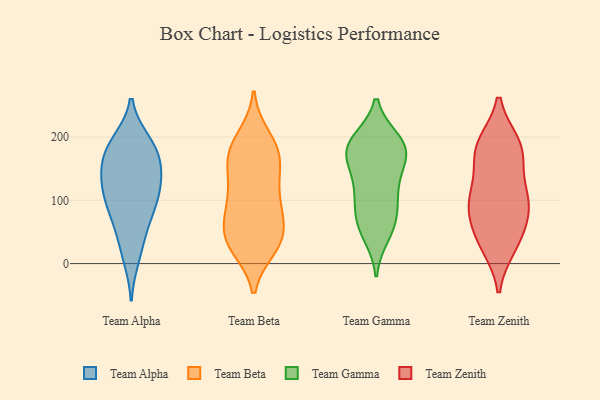
{"axis": {"x": "Humidity (%)", "y": "Value"}, "legend": ["Team Alpha", "Team Beta", "Team Gamma", "Team Zenith"], "data": [{"x": "", "y": 190, "type": "Team Alpha"}, {"x": "", "y": 132, "type": "Team Alpha"}, {"x": "", "y": 74, "type": "Team Alpha"}, {"x": "", "y": 192, "type": "Team Alpha"}, {"x": "", "y": 182, "type": "Team Alpha"}, {"x": "", "y": 106, "type": "Team Alpha"}, {"x": "", "y": 144, "type": "Team Alpha"}, {"x": "", "y": 67, "type": "Team Alpha"}, {"x": "", "y": 173, "type": "Team Alpha"}, {"x": "", "y": 117, "type": "Team Alpha"}, {"x": "", "y": 115, "type": "Team Alpha"}, {"x": "", "y": 10, "type": "Team Alpha"}, {"x": "", "y": 29, "type": "Team Alpha"}, {"x": "", "y": 143, "type": "Team Alpha"}, {"x": "", "y": 170, "type": "Team Alpha"}, {"x": "", "y": 86, "type": "Team Alpha"}, {"x": "", "y": 179, "type": "Team Beta"}, {"x": "", "y": 38, "type": "Team Beta"}, {"x": "", "y": 88, "type": "Team Beta"}, {"x": "", "y": 59, "type": "Team Beta"}, {"x": "", "y": 168, "type": "Team Beta"}, {"x": "", "y": 115, "type": "Team Beta"}, {"x": "", "y": 90, "type": "Team Beta"}, {"x": "", "y": 30, "type": "Team Beta"}, {"x": "", "y": 91, "type": "Team Beta"}, {"x": "", "y": 42, "type": "Team Beta"}, {"x": "", "y": 200, "type": "Team Beta"}, {"x": "", "y": 159, "type": "Team Beta"}, {"x": "", "y": 166, "type": "Team Beta"}, {"x": "", "y": 52, "type": "Team Beta"}, {"x": "", "y": 28, "type": "Team Beta"}, {"x": "", "y": 118, "type": "Team Beta"}, {"x": "", "y": 193, "type": "Team Beta"}, {"x": "", "y": 26, "type": "Team Beta"}, {"x": "", "y": 154, "type": "Team Beta"}, {"x": "", "y": 193, "type": "Team Gamma"}, {"x": "", "y": 187, "type": "Team Gamma"}, {"x": "", "y": 81, "type": "Team Gamma"}, {"x": "", "y": 180, "type": "Team Gamma"}, {"x": "", "y": 141, "type": "Team Gamma"}, {"x": "", "y": 96, "type": "Team Gamma"}, {"x": "", "y": 171, "type": "Team Gamma"}, {"x": "", "y": 194, "type": "Team Gamma"}, {"x": "", "y": 59, "type": "Team Gamma"}, {"x": "", "y": 46, "type": "Team Gamma"}, {"x": "", "y": 174, "type": "Team Gamma"}, {"x": "", "y": 119, "type": "Team Gamma"}, {"x": "", "y": 119, "type": "Team Gamma"}, {"x": "", "y": 176, "type": "Team Gamma"}, {"x": "", "y": 62, "type": "Team Gamma"}, {"x": "", "y": 156, "type": "Team Zenith"}, {"x": "", "y": 86, "type": "Team Zenith"}, {"x": "", "y": 108, "type": "Team Zenith"}, {"x": "", "y": 108, "type": "Team Zenith"}, {"x": "", "y": 36, "type": "Team Zenith"}, {"x": "", "y": 107, "type": "Team Zenith"}, {"x": "", "y": 86, "type": "Team Zenith"}, {"x": "", "y": 184, "type": "Team Zenith"}, {"x": "", "y": 180, "type": "Team Zenith"}, {"x": "", "y": 186, "type": "Team Zenith"}, {"x": "", "y": 28, "type": "Team Zenith"}, {"x": "", "y": 36, "type": "Team Zenith"}, {"x": "", "y": 71, "type": "Team Zenith"}, {"x": "", "y": 189, "type": "Team Zenith"}]}